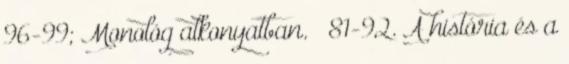
96-99; Monológ alkonyatban. – 81-92. A história és a